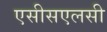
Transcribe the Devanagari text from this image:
एसीसएलसी